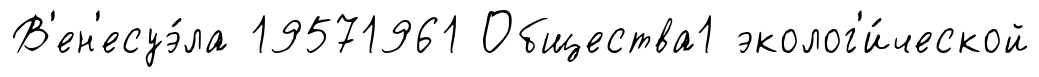
В'ен'есуэ́ла 19571961 Общества1 эколог'и́ческой